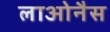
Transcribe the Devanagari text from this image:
लाओनैस